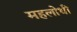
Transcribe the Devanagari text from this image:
महलोधी